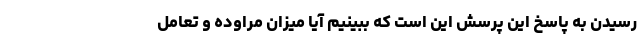
رسیدن به پاسخ این پرسش این است که ببینیم آیا میزان مراوده و تعامل